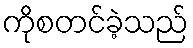
ကိုစတင်ခဲ့သည်